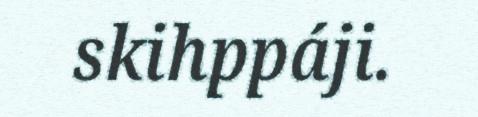
skihppáji.